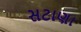
સટાણા